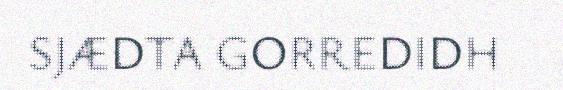
SJÆDTA GORREDIDH